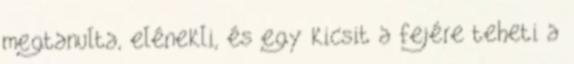
megtanulta, elénekli, és egy kicsit a fejére teheti a